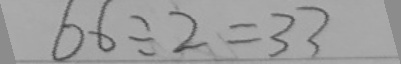
6 6 \div 2 = 3 3